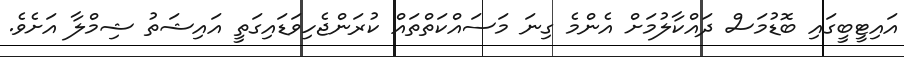
އައިޓީބީގައި ބޮޑުމަސް ދައްކާލުމަށް އެންމެ ގިނަ މަސައްކަތްތައް ކުރަންޖެހިވަޑައިގަތީ އައިޝަތު ޝިމްލާ އަށެވެ.